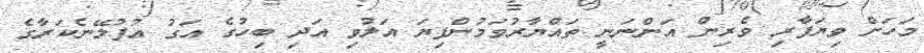
މަހަށް ވިޔަފާރި ވެރިން އަންނަނީ ތައްޔާރުވަމުންފިޔަ އަލުވި އަދި ބިހުގެ އަގު އުފުލޭނެކަރާގެ